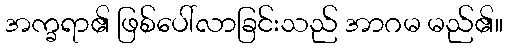
အက္ခရာ၏ ဖြစ်ပေါ်လာခြင်းသည် အာဂမ မည်၏။